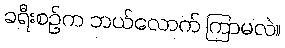
ခရီးစဉ်က ဘယ်လောက် ကြာမလဲ။